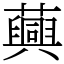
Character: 䕟